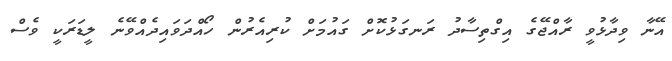
އޭނާ ވިދާޅުވީ ރާއްޖޭގެ އިގްތިސާދު ރަނގަޅުކޮށް ގައުމަށް ކުރިއެރުން ހޯއްދަވައިދެއްވޭނެ ލީޑަރަކީ ވެސް